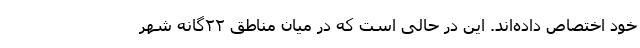
خود اختصاص داده‌اند. این در حالی است که در میان مناطق ۲۲‌گانه شهر